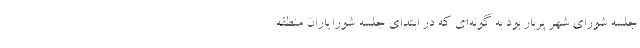
جلسه شورای شهر پربار بود به گونه‌ای که در ابتدای جلسه شورایاران منطقه